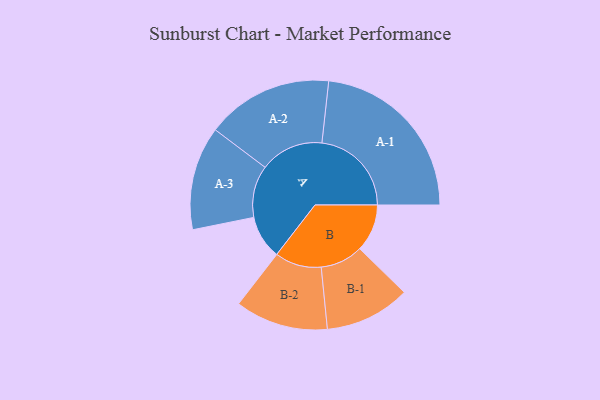
{"axis": {"x": "Segment", "y": "Value"}, "legend": ["", "A", "B"], "data": [{"x": "A", "y": 139, "type": ""}, {"x": "B", "y": 151, "type": ""}, {"x": "A-1", "y": 285, "type": "A"}, {"x": "A-2", "y": 202, "type": "A"}, {"x": "A-3", "y": 165, "type": "A"}, {"x": "B-1", "y": 136, "type": "B"}, {"x": "B-2", "y": 148, "type": "B"}]}